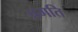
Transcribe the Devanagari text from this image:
प्रगति